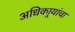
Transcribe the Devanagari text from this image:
अधिकार्‍यांचा